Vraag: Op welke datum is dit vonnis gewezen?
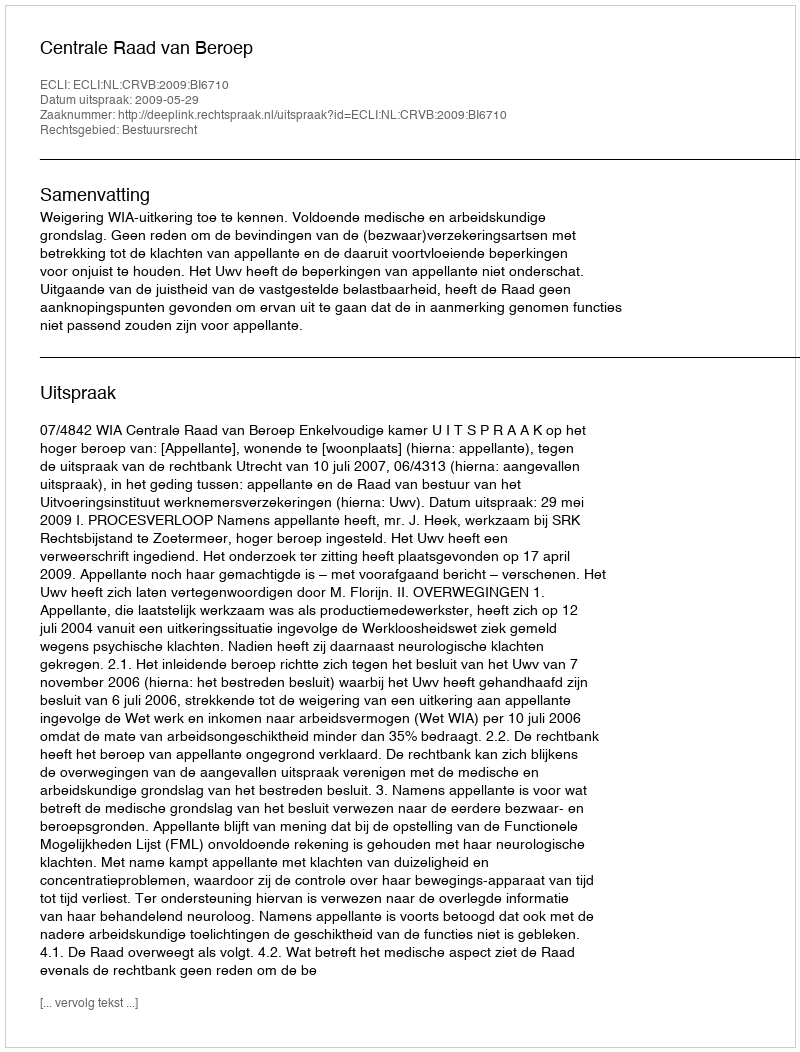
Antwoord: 2009-05-29